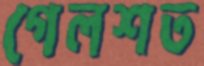
গেলশত